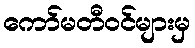
ကော်မတီဝင်များမှ